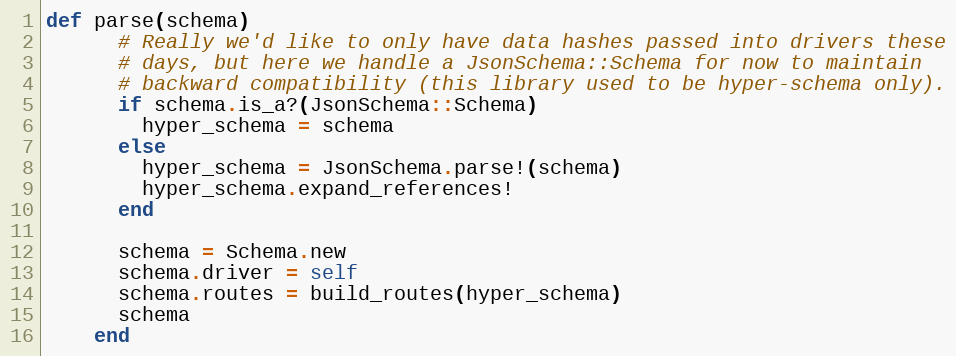
Language: Ruby
def parse(schema)
      # Really we'd like to only have data hashes passed into drivers these
      # days, but here we handle a JsonSchema::Schema for now to maintain
      # backward compatibility (this library used to be hyper-schema only).
      if schema.is_a?(JsonSchema::Schema)
        hyper_schema = schema
      else
        hyper_schema = JsonSchema.parse!(schema)
        hyper_schema.expand_references!
      end

      schema = Schema.new
      schema.driver = self
      schema.routes = build_routes(hyper_schema)
      schema
    end